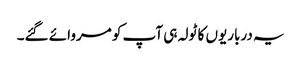
یہ درباریوں کا ٹولہ ہی آپ کو مروائے گئے۔